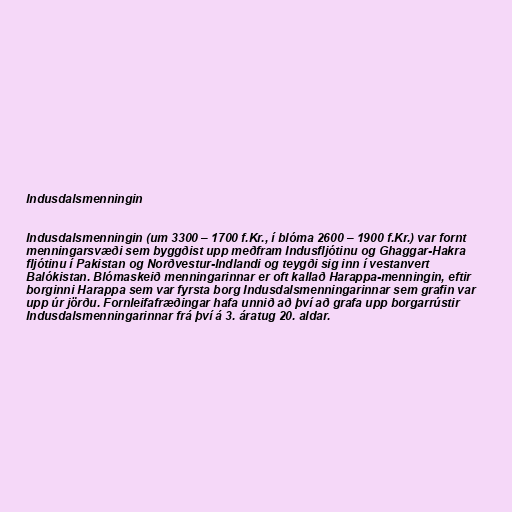
Indusdalsmenningin

Indusdalsmenningin (um 3300 – 1700 f.Kr., í blóma 2600 – 1900 f.Kr.) var fornt
menningarsvæði sem byggðist upp meðfram Indusfljótinu og Ghaggar-Hakra
fljótinu í Pakistan og Norðvestur-Indlandi og teygði sig inn í vestanvert
Balókistan. Blómaskeið menningarinnar er oft kallað Harappa-menningin, eftir
borginni Harappa sem var fyrsta borg Indusdalsmenningarinnar sem grafin var
upp úr jörðu. Fornleifafræðingar hafa unnið að því að grafa upp borgarrústir
Indusdalsmenningarinnar frá því á 3. áratug 20. aldar.